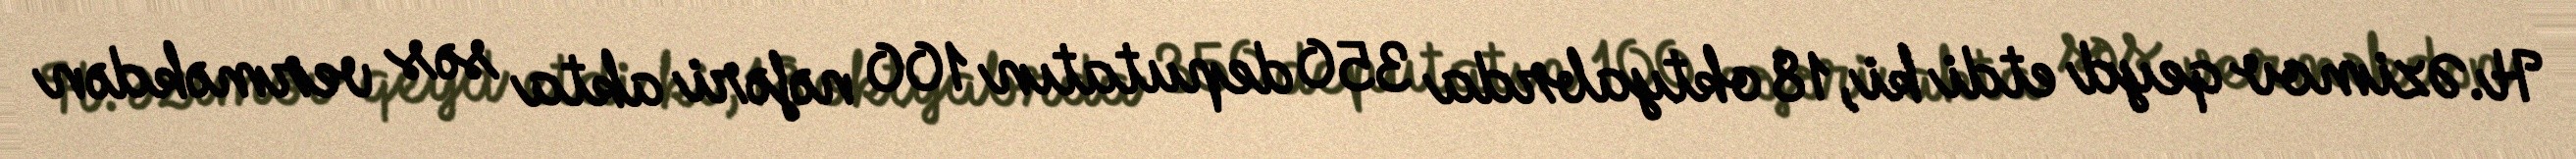
H.Əzimov qeyd etdi ki, 18 oktyabrda 350 deputatın 100 nəfəri akta səs verməkdən